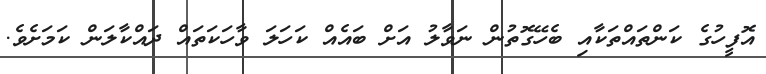
އޮފީހުގެ ކަންތައްތަކާއި ބެހޭގޮތުން ނަވާލު އަށް ބައެއް ކަހަލަ ވާހަކަތައް ދައްކާލަން ކަމަށެވެ.